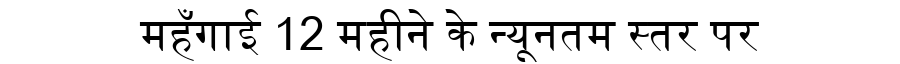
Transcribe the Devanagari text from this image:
महँगाई 12 महीने के न्यूनतम स्तर पर